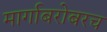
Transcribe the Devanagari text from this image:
मार्गाबरोबरच